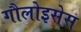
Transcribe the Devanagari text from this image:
गौलोइसेस